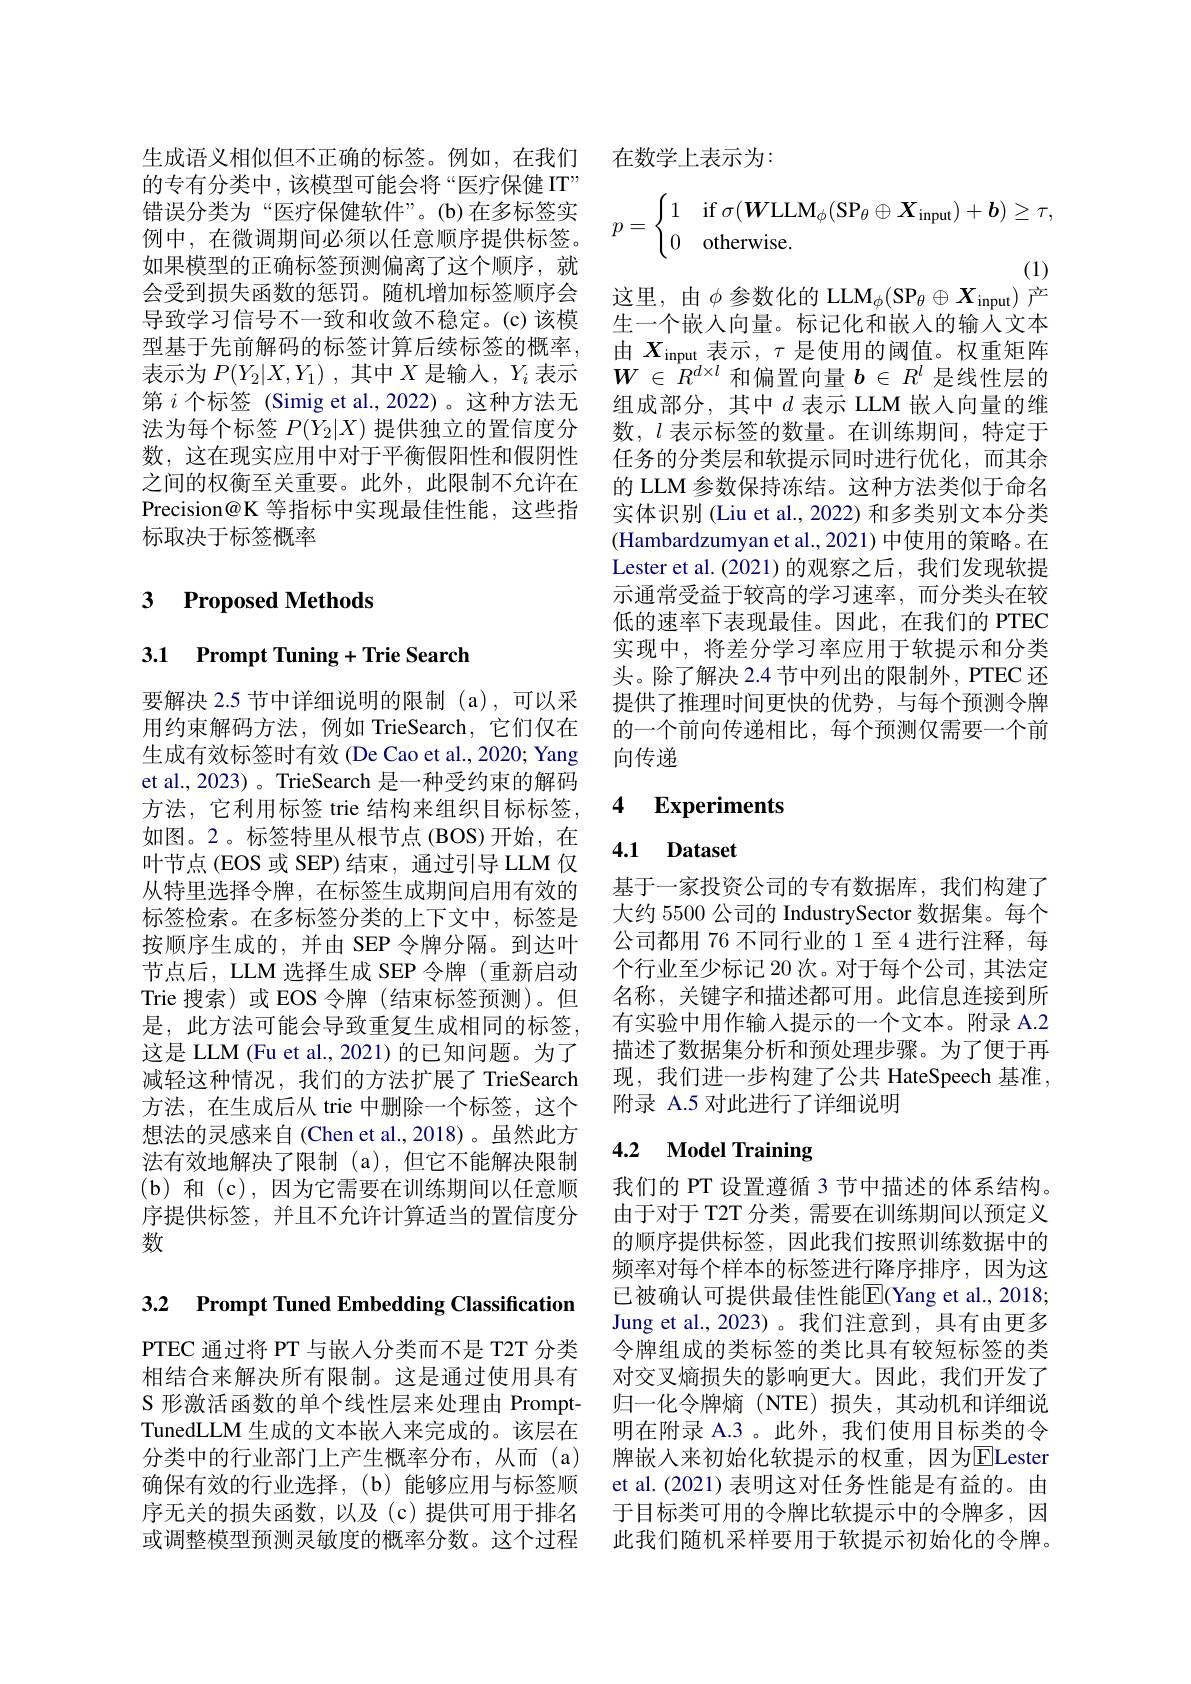
生成语义相似但不正确的标签。例如，在我们 在数学上表示为
的专有分类中，该模型可能会将“医疗保健 IT” 错误分类为“医疗保健软件”。(b)在多标签实例中，在微调期间必须以任意顺序提供标签。如果模型的正确标签预测偏离了这个顺序，就会受到损失函数的惩罚。随机增加标签顺序会导致学习信号不一致和收敛不稳定。(c)该模型基于先前解码的标签计算后续标签的概率， 表示为$P( Y_2| X, Y_1)$ ,其中$X$是输入，$Y_i$表示第$i$个标签 (Simig et al.,2022)。这种方法无法为每个标签$P(Y_2|X)$提供独立的置信度分数，这在现实应用中对于平衡假阳性和假阴性之间的权衡至关重要。此外，此限制不允许在Precision@K 等指标中实现最佳性能，这些指标取决于标签概率

# 3 Proposed Methods

## 3.1 Prompt Tuning+Trie Search

要解决 2.5 节中详细说明的限制 (a),可以采用约束解码方法，例如 TrieSearch,它们仅在生成有效标签时有效 (De Cao et al., 2020; Yang et al., 2023) 。TrieSearch 是一种受约束的解码方法，它利用标签 trie 结构来组织目标标签， 如图。2。标签特里从根节点(BOS)开始，在叶节点(EOS 或 SEP)结束，通过引导 LLM 仅从特里选择令牌，在标签生成期间启用有效的标签检索。在多标签分类的上下文中，标签是按顺序生成的，并由 SEP 令牌分隔。到达叶节点后，LLM 选择生成 SEP 令牌 (重新启动Trie 搜索)或 EOS 令牌 (结束标签预测)。但是，此方法可能会导致重复生成相同的标签， 这是 LLM (Fu et al., 2021)的已知问题。为了减轻这种情况，我们的方法扩展了 TrieSearch 方法，在生成后从 trie 中删除一个标签，这个想法的灵感来自(Chen et al.,2018)。虽然此方法有效地解决了限制(a),但它不能解决限制(b)和(c),因为它需要在训练期间以任意顺序提供标签，并且不允许计算适当的置信度分数

3.2 $\textbf{Prompt Tuned Embedding Classification}$

PTEC 通过将 PT 与嵌入分类而不是 T2T 分类相结合来解决所有限制。这是通过使用具有S 形激活函数的单个线性层来处理由 PromptTunedLLM 生成的文本嵌入来完成的。该层在或调整模型预测灵敏度的概率分数。这个过程
$$p=\begin{cases}1&\text{if}\sigma(\boldsymbol{W}\text{LLM}_\phi(\text{SP}_\theta\oplus\boldsymbol{X}_\text{input})+\boldsymbol{b})\geq\tau,\\0&\text{otherwise.}\end{cases}$$
这里，由$\phi\text{ 参数化的 LLM}_\phi(\mathrm{SP}_\theta\oplus X_{\mathrm{input}})$产

生一个嵌入向量。标记化和嵌入的输入文本由$X_\mathrm{input}$表示，$\tau$是使用的阈值。权重矩阵$W\in R^{d\times l}$和偏置向量$b\in R^l$是线性层的组成部分，其中$d$ 表示 LLM 嵌入向量的维数，$l$表示标签的数量。在训练期间，特定于任务的分类层和软提示同时进行优化，而其余的 LLM 参数保持冻结。这种方法类似于命名实体识别 (Liu et al., 2022) 和多类别文本分类(Hambardzumyan et al., 2021) 中使用的策略。在Lester et al.(2021)的观察之后，我们发现软提示通常受益于较高的学习速率，而分类头在较低的速率下表现最佳。因此，在我们的 PTEC 实现中，将差分学习率应用于软提示和分类头。除了解决 2.4 节中列出的限制外，PTEC 还提供了推理时间更快的优势，与每个预测令牌的一个前向传递相比，每个预测仅需要一个前向传递

### 4 $\textbf{Experiments}$

# 4.1 Dataset

基于一家投资公司的专有数据库，我们构建了大约 5500 公司的 IndustrySector 数据集。每个公司都用 76 不同行业的 1 至 4 进行注释，每个行业至少标记 20 次。对于每个公司，其法定名称，关键字和描述都可用。此信息连接到所有实验中用作输入提示的一个文本。附录 A.2描述了数据集分析和预处理步骤。为了便于再现，我们进一步构建了公共 HateSpeech 基准， 附录 A.5 对此进行了详细说明

## 4.2 $\mathbf{Model}$ Training

我们的 PT 设置遵循 3 节中描述的体系结构。由于对于 T2T 分类，需要在训练期间以预定义的顺序提供标签，因此我们按照训练数据中的频率对每个样本的标签进行降序排序，因为这已被确认可提供最佳性能E|(Yang et al., 2018; Jung et al., 2023)。我们注意到，具有由更多令牌组成的类标签的类比具有较短标签的类对交叉熵损失的影响更大。因此，我们开发了归一化令牌熵 (NTE) 损失，其动机和详细说明在附录 A.3。此外，我们使用目标类的令
分类中的行业部门上产生概率分布，从而(a) 牌嵌入来初始化软提示的权重，因为$\overline{\mathrm{E}}$Lester 确保有效的行业选择，(b)能够应用与标签顺 et al.(2021)表明这对任务性能是有益的。由序无关的损失函数，以及(c)提供可用于排名 于目标类可用的令牌比软提示中的令牌多，因
此我们随机采样要用于软提示初始化的令牌。